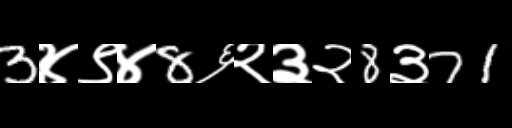
Text: 3४९४8६२३२8३71